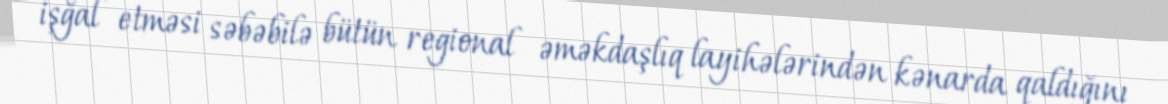
işğal etməsi səbəbilə bütün regional əməkdaşlıq layihələrindən kənarda qaldığını